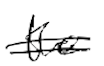
Text: the
Cross-out: mix
Writing tool: digital_black